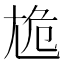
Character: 尯